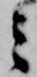
ミ